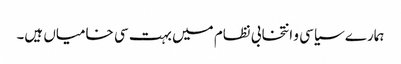
ہمارے سیاسی و انتخابی نظام میں بہت سی خامیاں ہیں۔